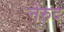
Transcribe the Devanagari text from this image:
नेरुद